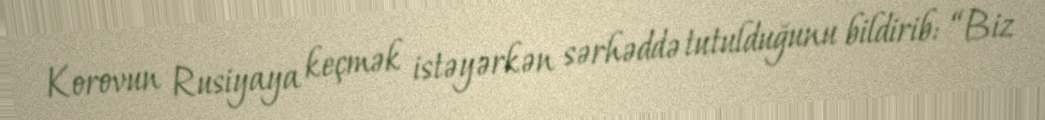
Korovun Rusiyaya keçmək istəyərkən sərhəddə tutulduğunu bildirib: “Biz